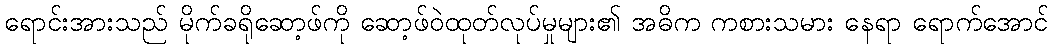
ရောင်းအားသည် မိုက်ခရိုဆော့ဖ်ကို ဆော့ဖ်ဝဲထုတ်လုပ်မှုများ၏ အဓိက ကစားသမား နေရာ ရောက်အောင်